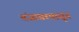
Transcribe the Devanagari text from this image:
तंजावरपासून